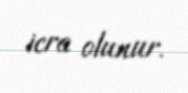
icra olunur.